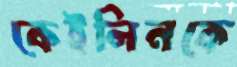
কেইলিনকে